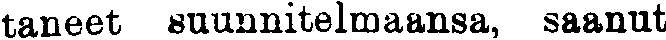
taneet suunnitelmaansa, saanut